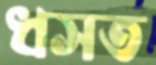
ধসত